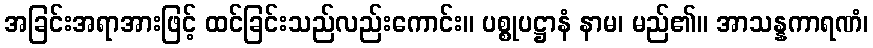
အခြင်းအရာအားဖြင့် ထင်ခြင်းသည်လည်းကောင်း။ ပစ္စုပဋ္ဌာနံ နာမ၊ မည်၏။ အာသန္နကာရဏံ၊